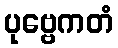
ပုဗ္ဗေကတံ